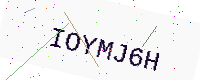
Text: IOYMJ6H